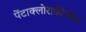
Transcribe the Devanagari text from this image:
पेंटाक्लोराफ़ीनोल